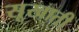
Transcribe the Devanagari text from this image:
सूखाती